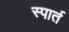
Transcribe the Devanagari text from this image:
स्पार्त